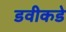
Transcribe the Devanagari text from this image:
डवीकडे